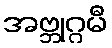
အဗ္ဘုဂ္ဂမီ